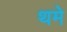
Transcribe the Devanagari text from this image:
थमे